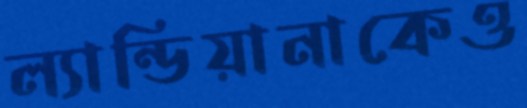
ল্যান্ডিয়ানাকেও